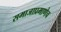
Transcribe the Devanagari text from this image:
समाजाप्रमाणेच